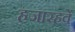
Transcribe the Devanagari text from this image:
हजारहवें